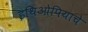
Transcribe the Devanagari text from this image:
इथिओपियाचे